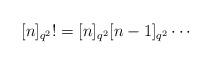
LaTeX: \begin{align*}\lbrack n]_{q^{2}}!=[n]_{q^{2}}[n-1]_{q^{2}}\cdots\end{align*}